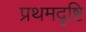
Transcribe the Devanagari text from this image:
प्रथमदृष्टि